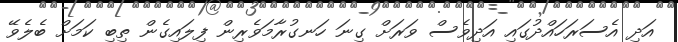
އަދި އެސަރަހައްދުގައި އަދިވެސް ވަރަށް ގިނަ ހަނގުރާމަވެރިން ފިލައިގެން ތިބި ކަމަށް ބެލެވޭ